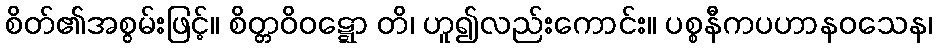
စိတ်၏အစွမ်းဖြင့်။ စိတ္တဝိဝဋ္ဋော တိ၊ ဟူ၍လည်းကောင်း။ ပစ္စနီကပဟာနဝသေန၊